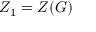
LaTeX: Z _ { 1 } = Z ( G )